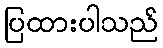
ပြထားပါသည်